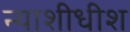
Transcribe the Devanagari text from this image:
न्‍याशीधीश